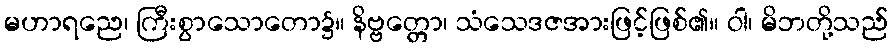
မဟာရညေ၊ ကြီးစွာသောတော၌။ နိဗ္ဗတ္တော၊ သံသေဒဇအားဖြင့်ဖြစ်၏။ ဝါ၊ မိဘတို့သည်